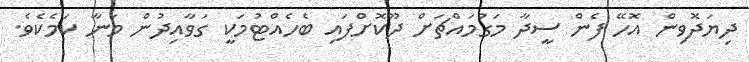
ދިޔަދޮވިން އޮހޭ ފެން ސީދާ މަގުމައްޗަށް ދޫކޮށްފައި ބެހެއްޓުމަކީ ގަވާއިދުން މަނާ ކަމެކެވެ.